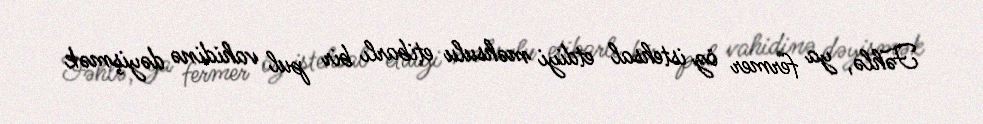
Fəhlə, ya fermer öz istehsal etdiyi məhsulu etibarlı bir pul vahidinə dəyişmək